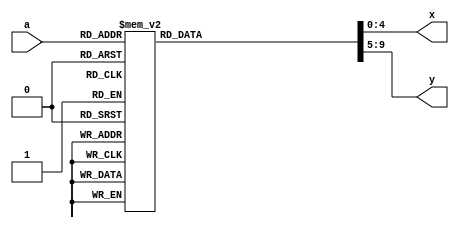
module lut11with0(a,x,y);
  input [3:0]a;
  output reg signed[4:0]x,y;
  
  // ECC curve with equation having    a=1   b=2  and p=11  ///
  always@(a)
  begin
    case(a)
      4'b0000:
      begin
        x<=5'sb0000;   //0
        y<=5'sb0000;   //0
      end
      4'b0001:
      begin 
        x<=5'sb0101;   //5
        y<=5'sb0000;   //0
      end
      4'b0010:
      begin 
        x<=5'sb0111;   //7
        y<=5'sb0000;   //0
      end
      4'b0011:
      begin 
        x<=5'sb1010;   //10
        y<=5'sb0000;   //0
      end
      4'b0100:
      begin 
        x<=5'sb0010;   //2
        y<=5'sb0001;   //1
      end
      4'b0101:
      begin 
        x<=5'sb0001;   //1
        y<=5'sb0010;   //2
      end
      4'b0110:
      begin 
        x<=5'sb0100;   //4
        y<=5'sb0010;   //2
      end
      4'b0111:
      begin 
        x<=5'sb0110;   //6
        y<=5'sb0010;   //2
      end
      4'b1000:
      begin 
        x<=5'sb1000;   //8
        y<=5'sb0100;   //4
      end
      4'b1001:
      begin 
        x<=5'sb1001;   //9
        y<=5'sb0101;   //5
      end
      4'b1010:
      begin 
        x<=5'sb1001;   //9
        y<=5'sb0110;   //6
      end
      4'b1011:
      begin 
        x<=5'sb1000;   //8
        y<=5'sb0111;   //7
      end
      4'b1100:
      begin 
        x<=5'sb0001;   //1
        y<=5'sb1001;   //9
      end
      4'b1101:
      begin 
        x<=5'sb0100;   //4
        y<=5'sb1001;   //9
      end
      4'b1110:
      begin 
        x<=5'sb0110;   //6
        y<=5'sb1001;   //9
      end
      4'b1111:
      begin 
        x<=5'sb0010;   //2
        y<=5'sb1010;   //10
      end
    endcase
  end
endmodule